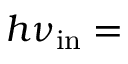
h \nu _ { \mathrm { i n } } =